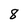
Character: 8